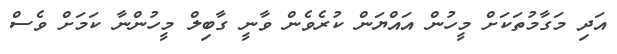
އަދި މަގާމުތަކަށް މީހުން އައްޔަން ކުރެވެން ވާނީ ގާބިލް މީހުންނާ ކަމަށް ވެސް